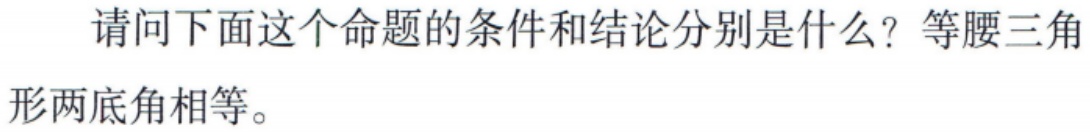
请问下面这个命题的条件和结论分别是什么？等腰三角形两底角相等。